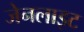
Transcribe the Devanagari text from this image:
जेनलाइट